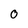
Character: O